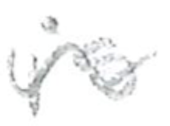
Text: is
Cross-out: wave
Writing tool: pencil